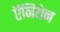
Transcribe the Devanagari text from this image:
ऍनियेन